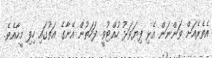
އެތެރެއަށް ވަންނަން އެޅި ފިޔަވަޅު ހުއްޓުވީ ފަހަތުން އޭނާގެ އަތުގައި ހިފި މީހާއެވެ.